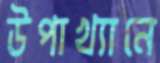
উপাখ্যানে